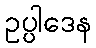
ဥပ္ပါဒေန